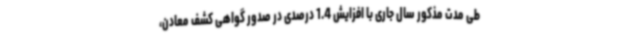
طی مدت مذکور سال جاری با افزایش 1.4 درصدی در صدور گواهی کشف معادن،